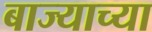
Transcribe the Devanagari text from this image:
बाज्याच्या